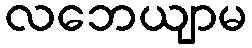
လဘေယျာမ